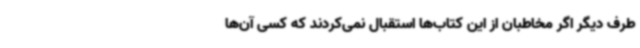
طرف دیگر اگر مخاطبان از این کتاب‌ها استقبال نمی‌کردند که کسی آن‌ها